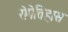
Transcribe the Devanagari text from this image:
रोगेतिहास